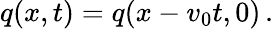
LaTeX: q(x,t)=q(x-v_{0}t,0)\, .